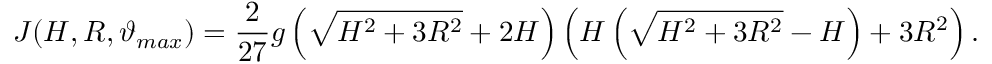
J ( H , R , \vartheta _ { m a x } ) = \frac { 2 } { 2 7 } g \left( \sqrt { H ^ { 2 } + 3 R ^ { 2 } } + 2 H \right) \left( H \left( \sqrt { H ^ { 2 } + 3 R ^ { 2 } } - H \right) + 3 R ^ { 2 } \right) .